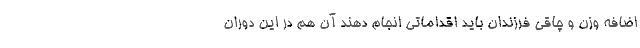
اضافه وزن و چاقی فرزندان باید اقداماتی انجام دهند آن هم در این دوران